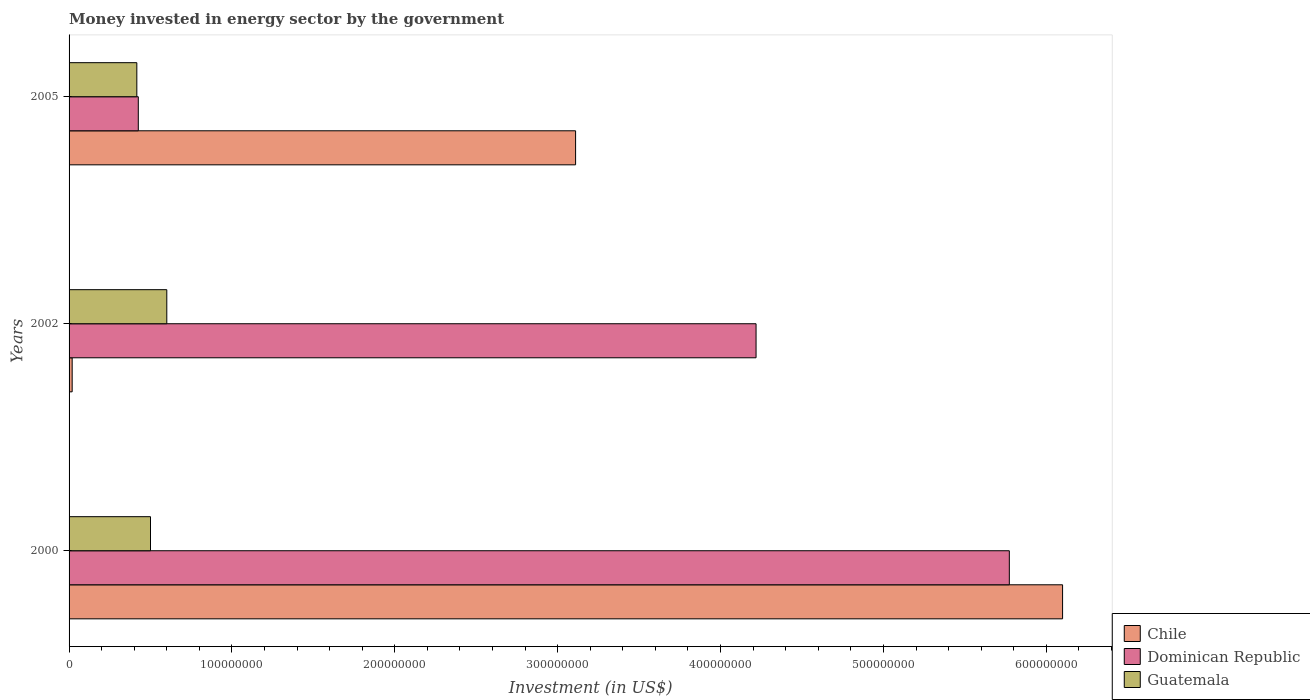
| Years | Chile | Dominican Republic | Guatemala |
 | --- | --- | --- | --- |
 | 2000 | 6.1e+08 | 5.77e+08 | 5e+07 |
 | 2002 | 1.9e+06 | 4.22e+08 | 6e+07 |
 | 2005 | 3.11e+08 | 4.25e+07 | 4.16e+07 |